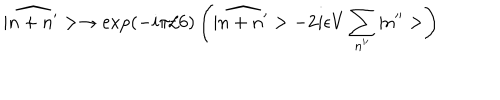
LaTeX: | \widehat { n + n ^ { \prime } } > \rightarrow \mathrm { e x p } ( - i \pi / 6 ) \left( | \widehat { n + n ^ { \prime } } > - 2 i \epsilon V \sum _ { n ^ { \prime \prime } } | n ^ { \prime \prime } > \right)